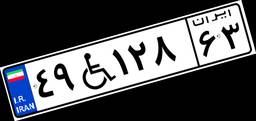
۴۹W۱۲۸۶۳